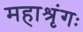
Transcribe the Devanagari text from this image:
महाश्रृंगः